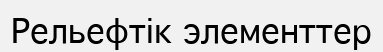
Рельефтік элементтер